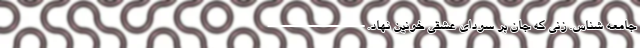
جامعه شناس. زنی که جان بر سودای عشقی خونین نهاد. ----------------